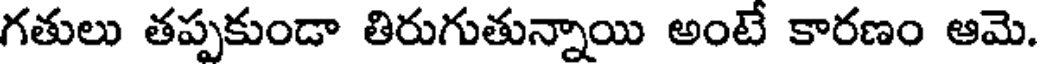
గతులు తప్పకుండా తిరుగుతున్నాయి అంటే కారణం ఆమె.